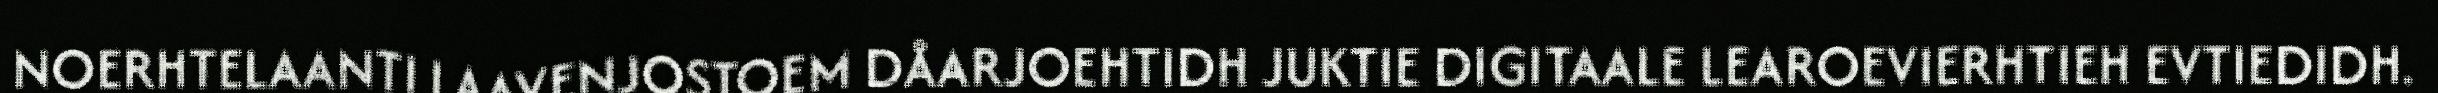
NOERHTELAANTI LAAVENJOSTOEM DÅARJOEHTIDH JUKTIE DIGITAALE LEAROEVIERHTIEH EVTIEDIDH.